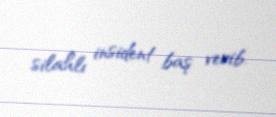
silahlı insident baş verib.